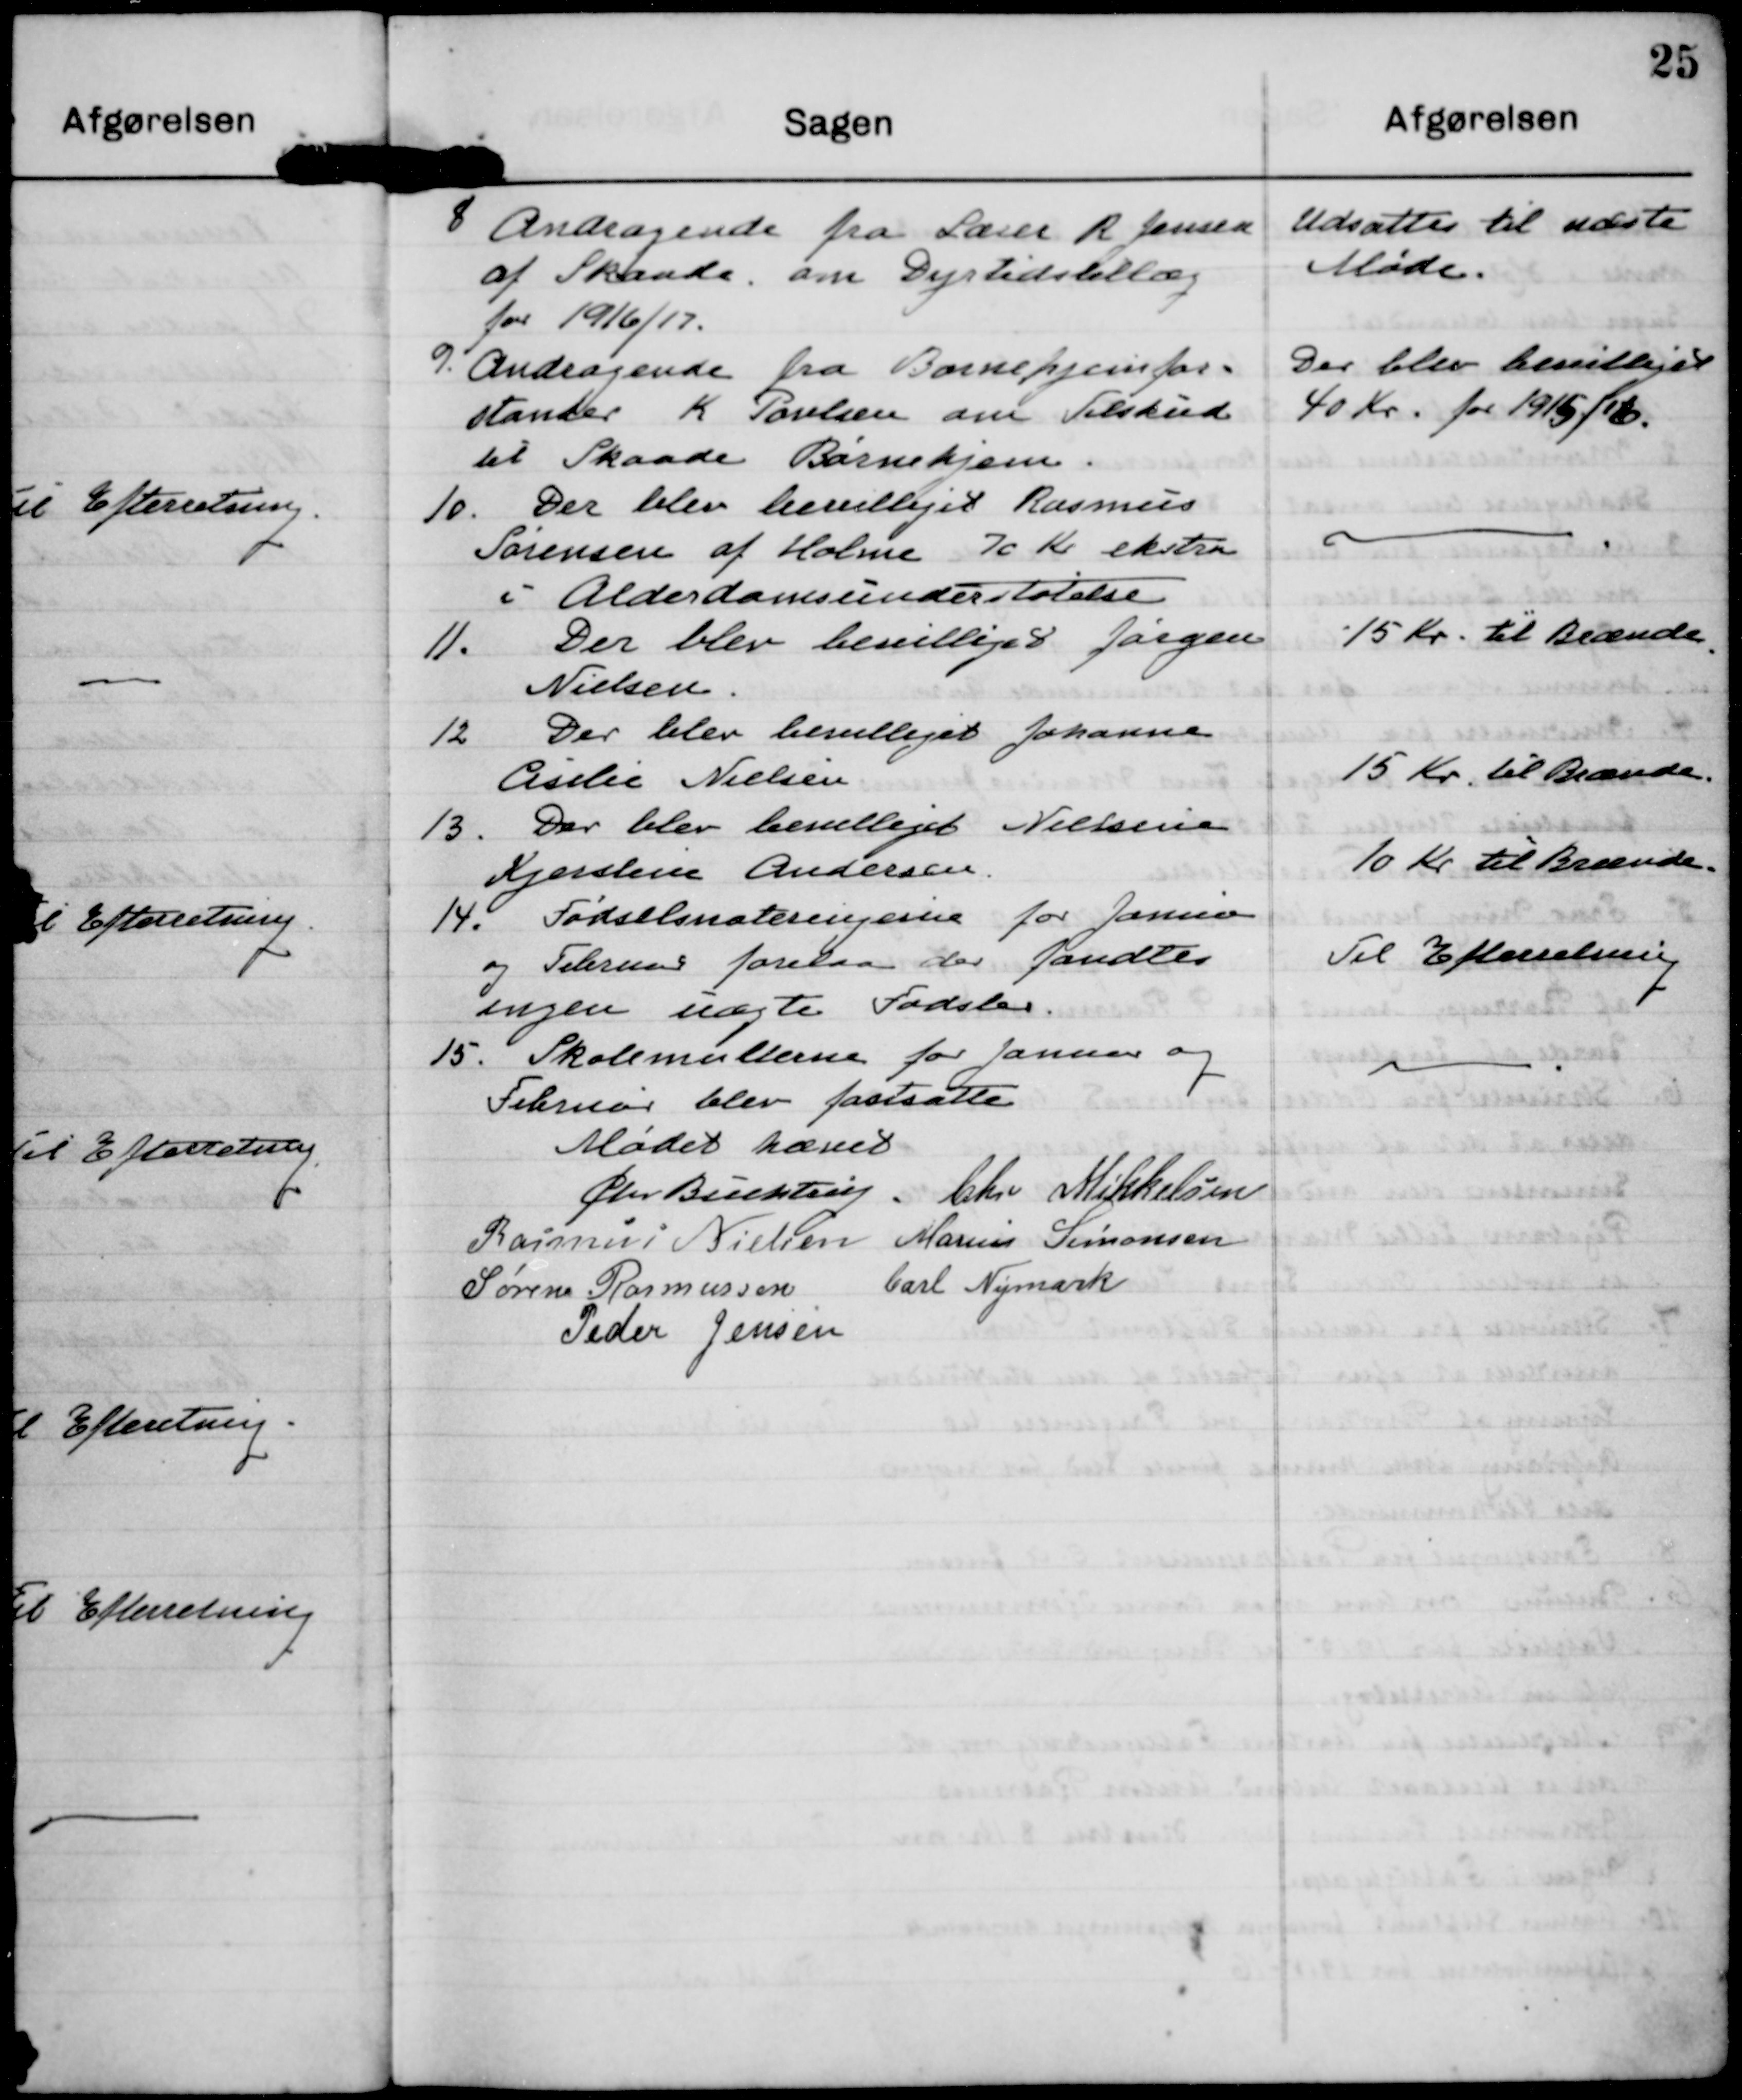
Transskription:
8 Andragende fra Lærer R Jensen
af Skaade om Dyrtidstillæg
for 1916/17.

udsattes til næste
Møde.

9. Andragende fra Børnehjemsfor=
stander K. Poulsen om Tilskud
til Skaade Børnehjem.

Der blev bevilliget
40 Kr. for 1915/16.

10. Der blev bevilliget Rasmus 
Sørensen af Holme 70 Kr ekstra
i Alderdomsunderstøtelse

11. Der blev bevilliget Jørgen
Nielsen.

15 Kr til Brænde.

12 Der blev bevilliget Johanne
Cesilie Nielsen

15 Kr til Brænde.

13. Der blev bevilliget Nielsine
Kjerstine Andersen.

10 Kr til Brænde.

14. Fødselsnoteringer for Januar
og Februar forelaa der fandtes
ingen uægte Fødsler.

Til Efterretning

15. Skolemulterne for Januar og
Februar blev fastsatte

Mødet hævet
Chr. Buchtrup
Chr Mikkelsen
Rasmus Nielsen
Marius Simonsen
Søren Rasmussen
Carl Nymark
Peder Jensen